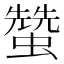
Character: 𧑯